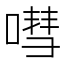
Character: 嘒